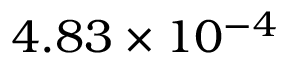
4 . 8 3 \times 1 0 ^ { - 4 }